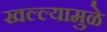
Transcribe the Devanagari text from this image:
खल्ल्यामुळे